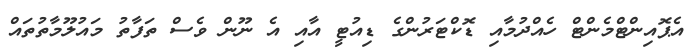
އެޕޮއިންޓްމެންޓް ހެއްދުމާއި ޑޮކްޓަރުންގެ ޑިއުޓީ އާއި އެ ނޫން ވެސް ތަފާތު މައުލޫމާތުތައް